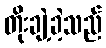
တိုးချဲ့ခဲ့သည်